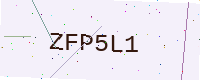
Text: ZFP5L1